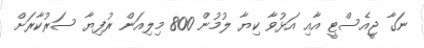
ނަގާ ޖީއެސްޓީ އާއި އަޅުވާ ކިޔާ ލުމުން 800 މިލިއަން ރުފިޔާ ސަރުކާރަށް